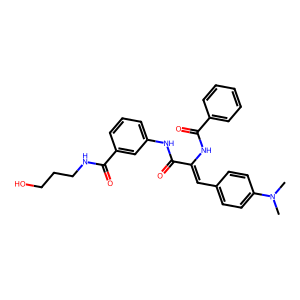
SMILES: CN(C)c1ccc(C=C(NC(=O)c2ccccc2)C(=O)Nc2cccc(C(=O)NCCCO)c2)cc1
Inhibits HIV replication: No